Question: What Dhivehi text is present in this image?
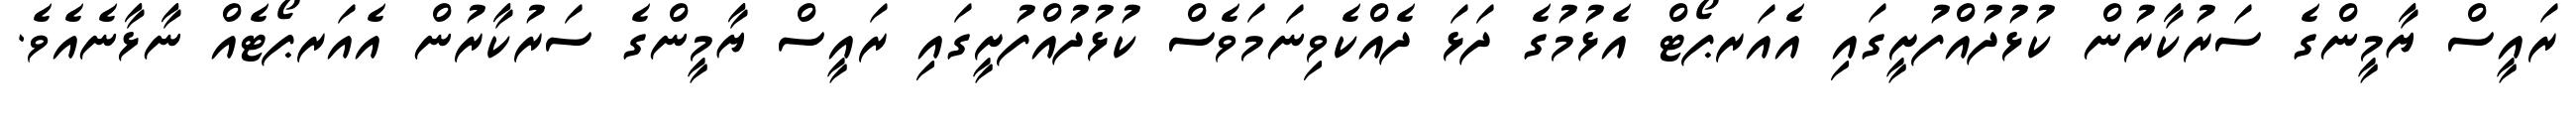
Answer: ރައީސް ޔާމީންގެ ސަރުކާރުން ކުޅުދުއްފުށީގައި އެއަރޕޯޓް އެޅުމުގެ ދަޅަ ދެއްކެވިނަމަވެސް ކުޅުދުއްފުށީގައި ރައީސް ޔާމީންގެ ސަރުކާރުން އެއަރޕޯޓެއް ނާޅާނެއެވެ.